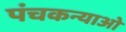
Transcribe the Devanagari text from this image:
पंचकन्याओं